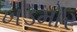
ખડમોર